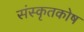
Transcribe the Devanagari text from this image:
संस्कृतकाेष